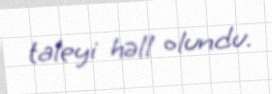
taleyi həll olundu.